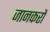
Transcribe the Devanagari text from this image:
जानकरों